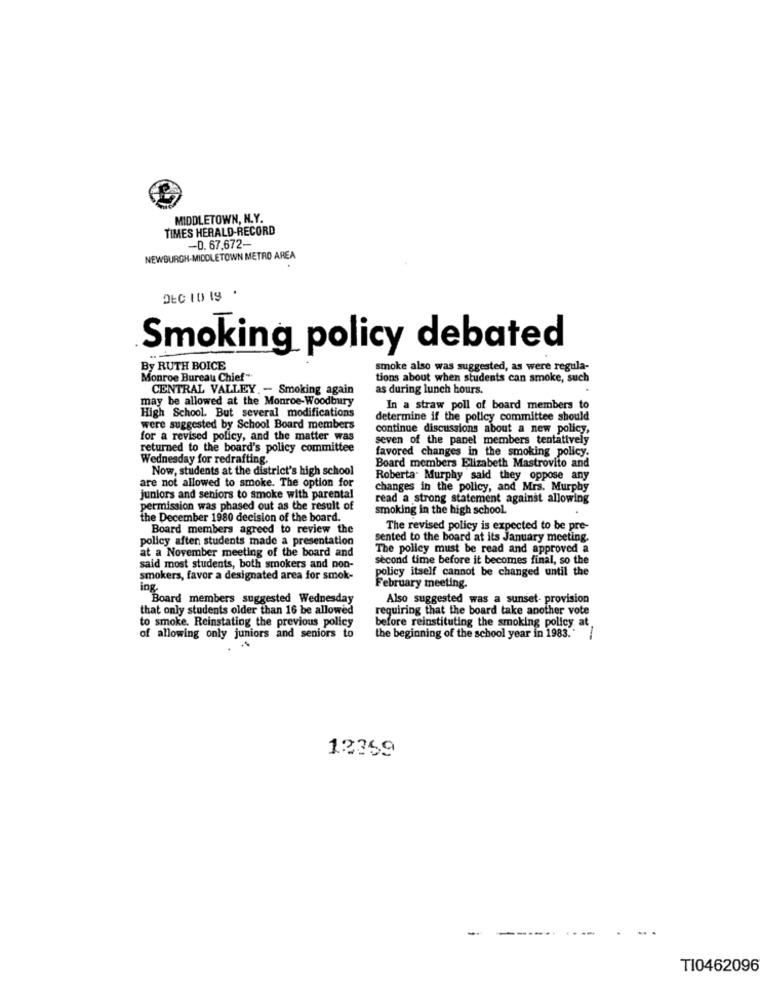
MIDDLETOWN, N.Y.
TIMES HERALD-RECORD
-D. 67.672-
NEWBURGH-MIDDLETOWN METRO AREA
DEC 10 19 .
Smoking policy debated
By RUTH BOICE
smoke also was suggested, as were regula-
Monroe Bureau Chief"
tions about when students can smoke, such
CENTRAL VALLEY. - Smoking again
as during lunch hours.
may be allowed at the Monroe-Woodbury
High School. But several modifications
In a straw poll of board members to
determine if the policy committee should
were suggested by School Board members
continue discussions about a new policy,
for a revised policy, and the matter was
seven of the panel members tentatively
returned to the board's policy committee
Wednesday for redrafting.
favored changes in the smoking policy.
Now, students at the district's high school
Board members Elizabeth Mastrovito and
Roberta. Murphy said they oppose any
are not allowed to smoke. The option for
changes in the policy, and Mrs. Murphy
juniors and seniors to smoke with parental
read a strong statement against allowing
permission was phased out as the result of
smoking in the high school.
the December 1980 decision of the board.
Board members agreed to review the
The revised policy is expected to be pre-
policy aften students made a presentation
sented to the board at its January meeting.
at a November meeting of the board and
The policy must be read and approved a
second time before it becomes final, so the
said most students, both smokers and non-
smokers, favor a designated area for smok-
policy itself cannot be changed until the
ing
February meeting.
Board members suggested Wednesday
Also suggested was a sunset- provision
that only students older than 16 be allowed
requiring that the board take another vote
to smoke. Reinstating the previous policy
before reinstituting the smoking policy at
of allowing only juniors and seniors to
the beginning of the school year in 1983.
12359
TI0462096